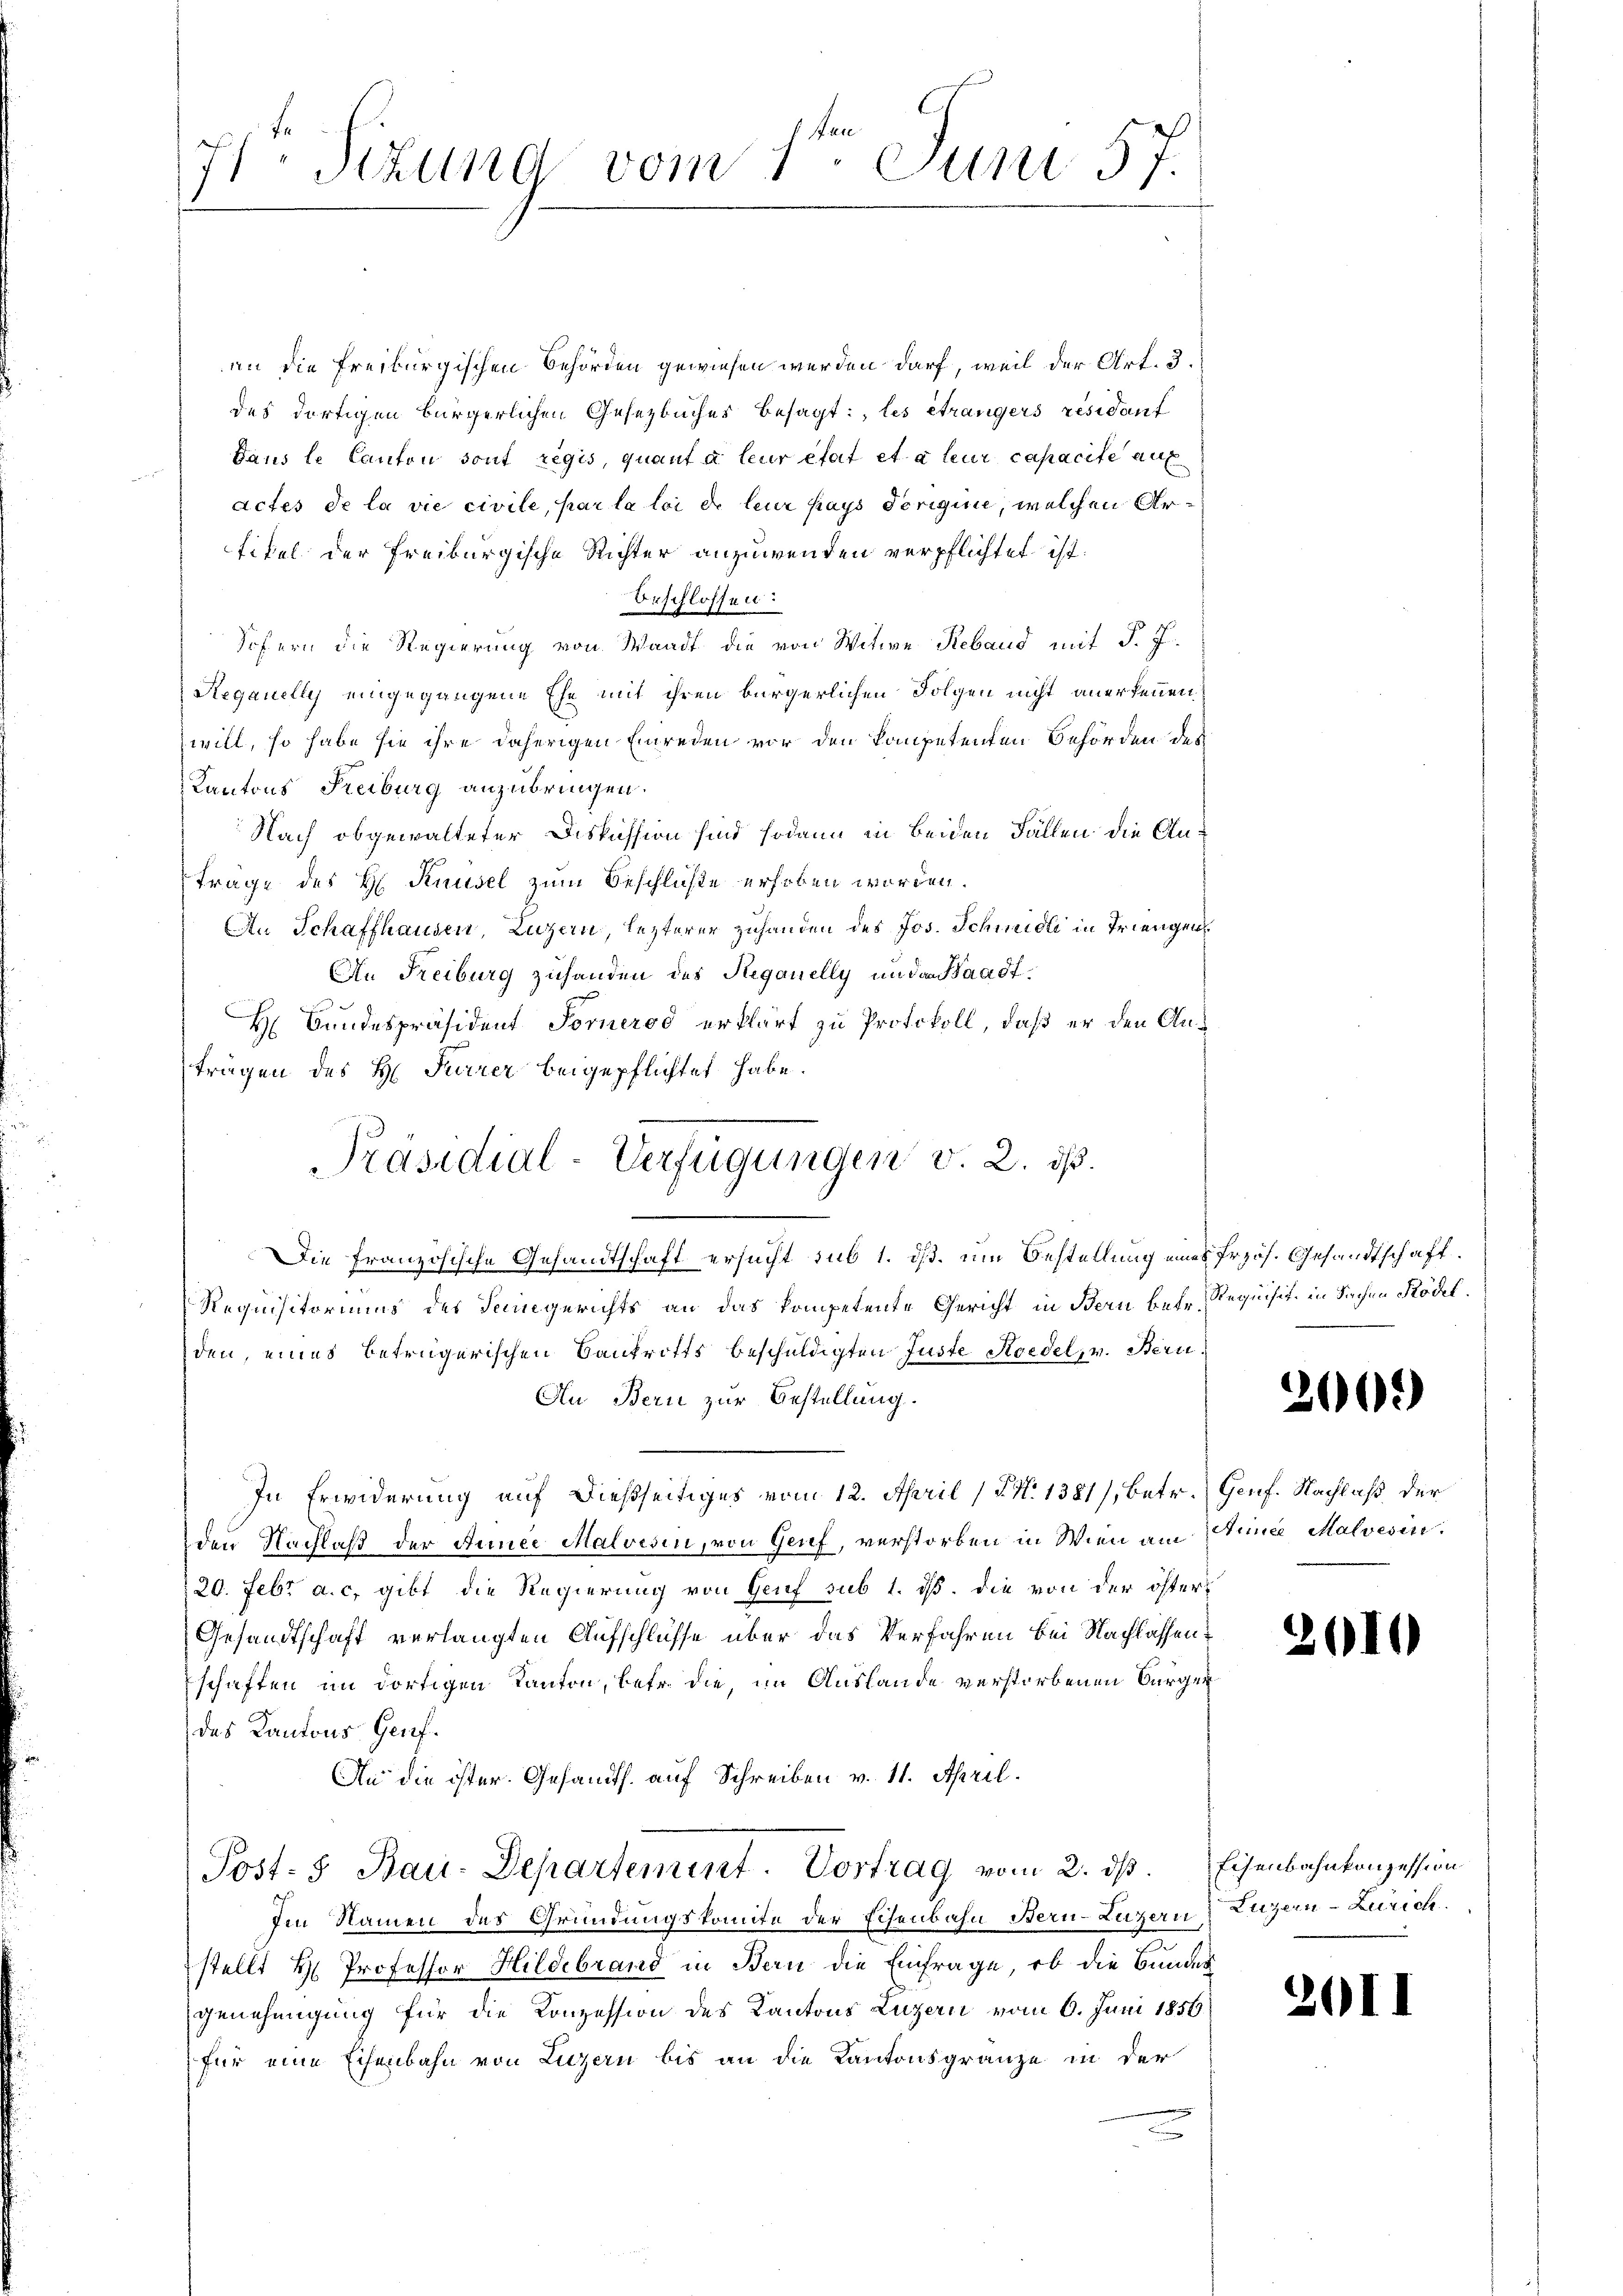
71 Sitzung vom 1te͇n Juni 57.

an die Freiburgischen Behörden gewiesen werden darf, weil der Art. 3.
des dortigen bürgerlichen Gesetzbuches besagt: les étrangers résidant
Dans le Canton sont regis, quant à leur état et à leur capacite auf
actes de la vie civile, par la loi de leur pays derigine, welchen Artitel der Freiburgische Richter anzuwenden verpflichtet ist.
beschlossen:
Sofern die Regierung von Waadt die von Witwe Reband mit J. J.
Regauelly eingegangene Ehe mit ihren bürgerlichen Folgen nicht anerkennen.
will, so habe sie ihre daherigen Einreden vor den kompetenten Behörden des
Kantons Freiburg anzubringen.
Nach abgewalteter Diskussion sind sodann in beiden Fällen die An¬
Frage des H. Pausel zum Beschluße erhoben worden.
An Schaffhausen, Luzern, lezterer Zuhanden des Jos. Schmidli in Triengen
An Freiburg zuhanden des Reganelly und an Stadt¬
H Bundespräsident Forneros erklärt zu Protokoll, daß er den Anträgen des H. Furrer beigepflichtet habe.
Die Französische Gesandtschaft ersucht sub 1. dß. um Bestellung eines frzös. Gesandtschaft.
Requisitoriums des Sengerichts an das kompetente Gericht in Bern Behr Requisit in Sachen Rödel.
den, eines betrügerischen Bankrotts beschuldigten Juste Koedel, v. Bern.
An Bern zur Bestellung.
In Erwiderung auf dießseitiges vom 12. April (PN. 1381), betr. Genf. Nachlaß der
den Nachlaß der Anniee Malvesin, von Genf, verstorben in Wien am Armee Malvesin
20. Febr a. c. gibt die Regierung von Genf sub 1. ds. die von der öster¬
Gesandtschaft verlangten Aufschlüsse über das Verfahren bei Nachlassenschaften im dortigen Kanton, betr. die, im Auslande verstorbenen Bürger
des Kantons- Genf.
An die ister. Gesandth. auf Schreiben v. 11. April.
Post- 5. Bau-Departement. Vortrag vom 2. ds. Eisenbahnkonzession
Ien Namen des Gründungskomite der Eisenbahn Bern-Luzern Luzern Zürich
stellt H. Professor Hildebrand in Bern die Einfrage, ob die Bundes
genehmigung für die Konzession des Kantons Luzern vom 6. Juni 1856
für eine Eisenbahn von Ligen bis an die Kantonsgränze in der

Präsidial-Verfügungen v. 2. ds.
i

2009)

2610

261)